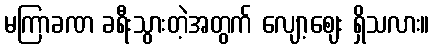
မကြာခဏ ခရီးသွားတဲ့အတွက် လျော့ဈေး ရှိသလား။